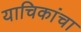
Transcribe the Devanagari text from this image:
याचिकांचा